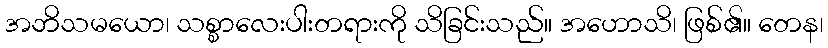
အဘိသမယော၊ သစ္စာလေးပါးတရားကို သိခြင်းသည်။ အဟောသိ၊ ဖြစ်၏။ တေန၊